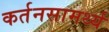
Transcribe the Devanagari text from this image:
कर्तनसामर्थ्य